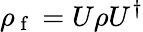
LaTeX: \rho_{\mathrm{~f~}}=U\rho U^{\dagger}